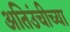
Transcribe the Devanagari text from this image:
अतिउंचीच्या